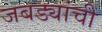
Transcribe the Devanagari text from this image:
जबड्यांची